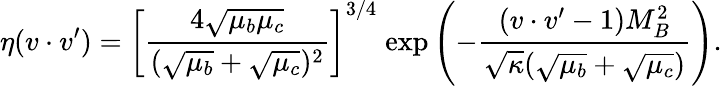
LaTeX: \eta(v\cdot v^{\prime})=\left[\frac{4\sqrt{\mu_{b}\mu_{c}}}{(\sqrt{\mu_{b}}+\sqrt{\mu_{c}})^{2}}\right]^{3/4}\; \mathrm{exp}\left(-\frac{(v\cdot v^{\prime}-1)M_{B}^{2}}{\sqrt{\kappa}(\sqrt{\mu_{b}}+\sqrt{\mu_{c}})}\right).